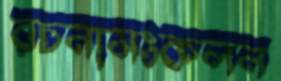
রচনাসংকলন